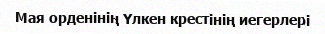
Мая орденінің Үлкен крестінің иегерлері